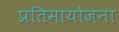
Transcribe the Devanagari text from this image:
प्रतिमायोजना